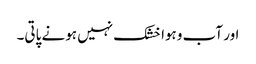
اور آب وہوا خشک نہیں ہونے پاتی۔